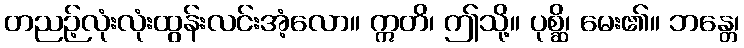
တညဉ့်လုံးလုံးထွန်းလင်းအံ့လော။ ဣတိ၊ ဤသို့။ ပုစ္ဆိ၊ မေး၏။ ဘန္တေ၊